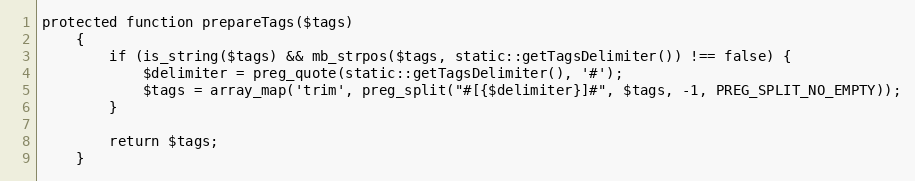
Language: PHP
protected function prepareTags($tags)
    {
        if (is_string($tags) && mb_strpos($tags, static::getTagsDelimiter()) !== false) {
            $delimiter = preg_quote(static::getTagsDelimiter(), '#');
            $tags = array_map('trim', preg_split("#[{$delimiter}]#", $tags, -1, PREG_SPLIT_NO_EMPTY));
        }

        return $tags;
    }